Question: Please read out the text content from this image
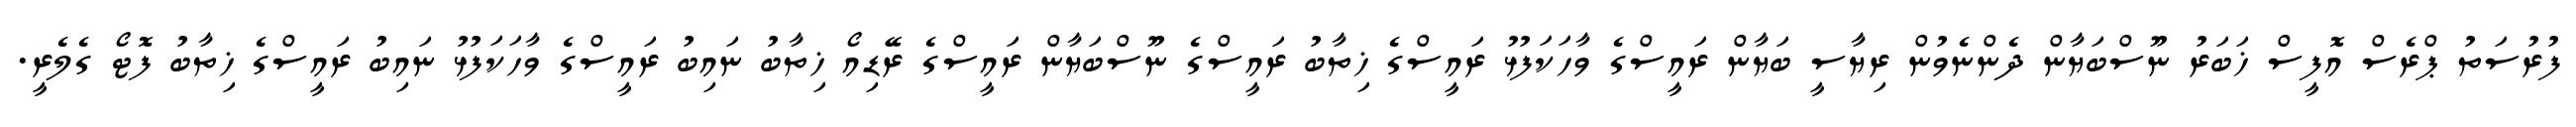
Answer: ފުރުސަތު ޕްރެސް އޮފީސް ޚަބަރު ނޫސްބަޔާން ދެންނެވުން ރިޔާސީ ބަޔާން ރައީސްގެ ވާހަކަފުޅު ރައީސްގެ ޚިތާބު ރައީސްގެ ނޫސްބަޔާން ރައީސްގެ ރޭޑިއޯ ޚިތާބު ނައިބު ރައީސްގެ ވާހަކަފުޅު ނައިބު ރައީސްގެ ޚިތާބު ފޮޓޯ ގެލެރީ.